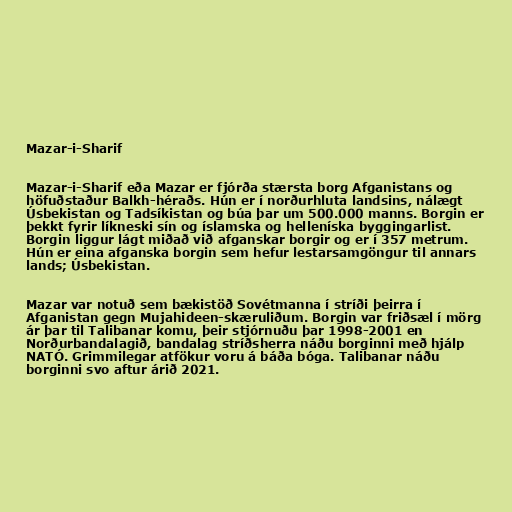
Mazar-i-Sharif

Mazar-i-Sharif eða Mazar er fjórða stærsta borg Afganistans og
höfuðstaður Balkh-héraðs. Hún er í norðurhluta landsins, nálægt
Úsbekistan og Tadsíkistan og búa þar um 500.000 manns. Borgin er
þekkt fyrir líkneski sín og íslamska og helleníska byggingarlist.
Borgin liggur lágt miðað við afganskar borgir og er í 357 metrum.
Hún er eina afganska borgin sem hefur lestarsamgöngur til annars
lands; Úsbekistan.

Mazar var notuð sem bækistöð Sovétmanna í stríði þeirra í
Afganistan gegn Mujahideen-skæruliðum. Borgin var friðsæl í mörg
ár þar til Talibanar komu, þeir stjórnuðu þar 1998-2001 en
Norðurbandalagið, bandalag stríðsherra náðu borginni með hjálp
NATÓ. Grimmilegar atfökur voru á báða bóga. Talibanar náðu
borginni svo aftur árið 2021.